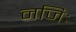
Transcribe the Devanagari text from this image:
नजिः